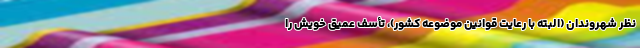
نظر شهروندان (البته با رعایت قوانین موضوعه کشور)، تأسف عمیق خویش را